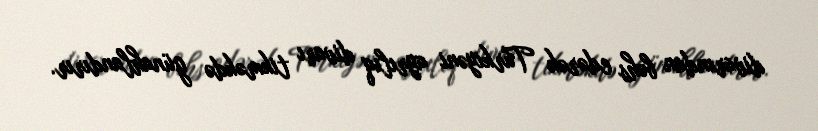
divarından bəhs edərək Türkiyəni ayrılıq divarı tikməkdə günahlandırır.